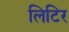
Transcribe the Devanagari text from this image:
लिटिर